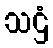
သဌံ